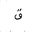
Letter: _qaf